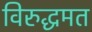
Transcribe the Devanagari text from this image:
विरुद्धमत